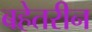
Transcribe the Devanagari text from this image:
बहेतरीन